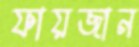
ফায়জান